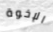
الإخوة